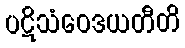
ပဋိသံဝေဒယတီတိ